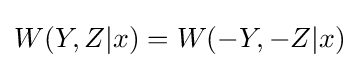
W(Y,Z|x)=W(-Y,-Z|x)